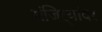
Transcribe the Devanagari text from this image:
मंजिऱ्यांवर